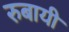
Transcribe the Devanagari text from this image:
रुबायी